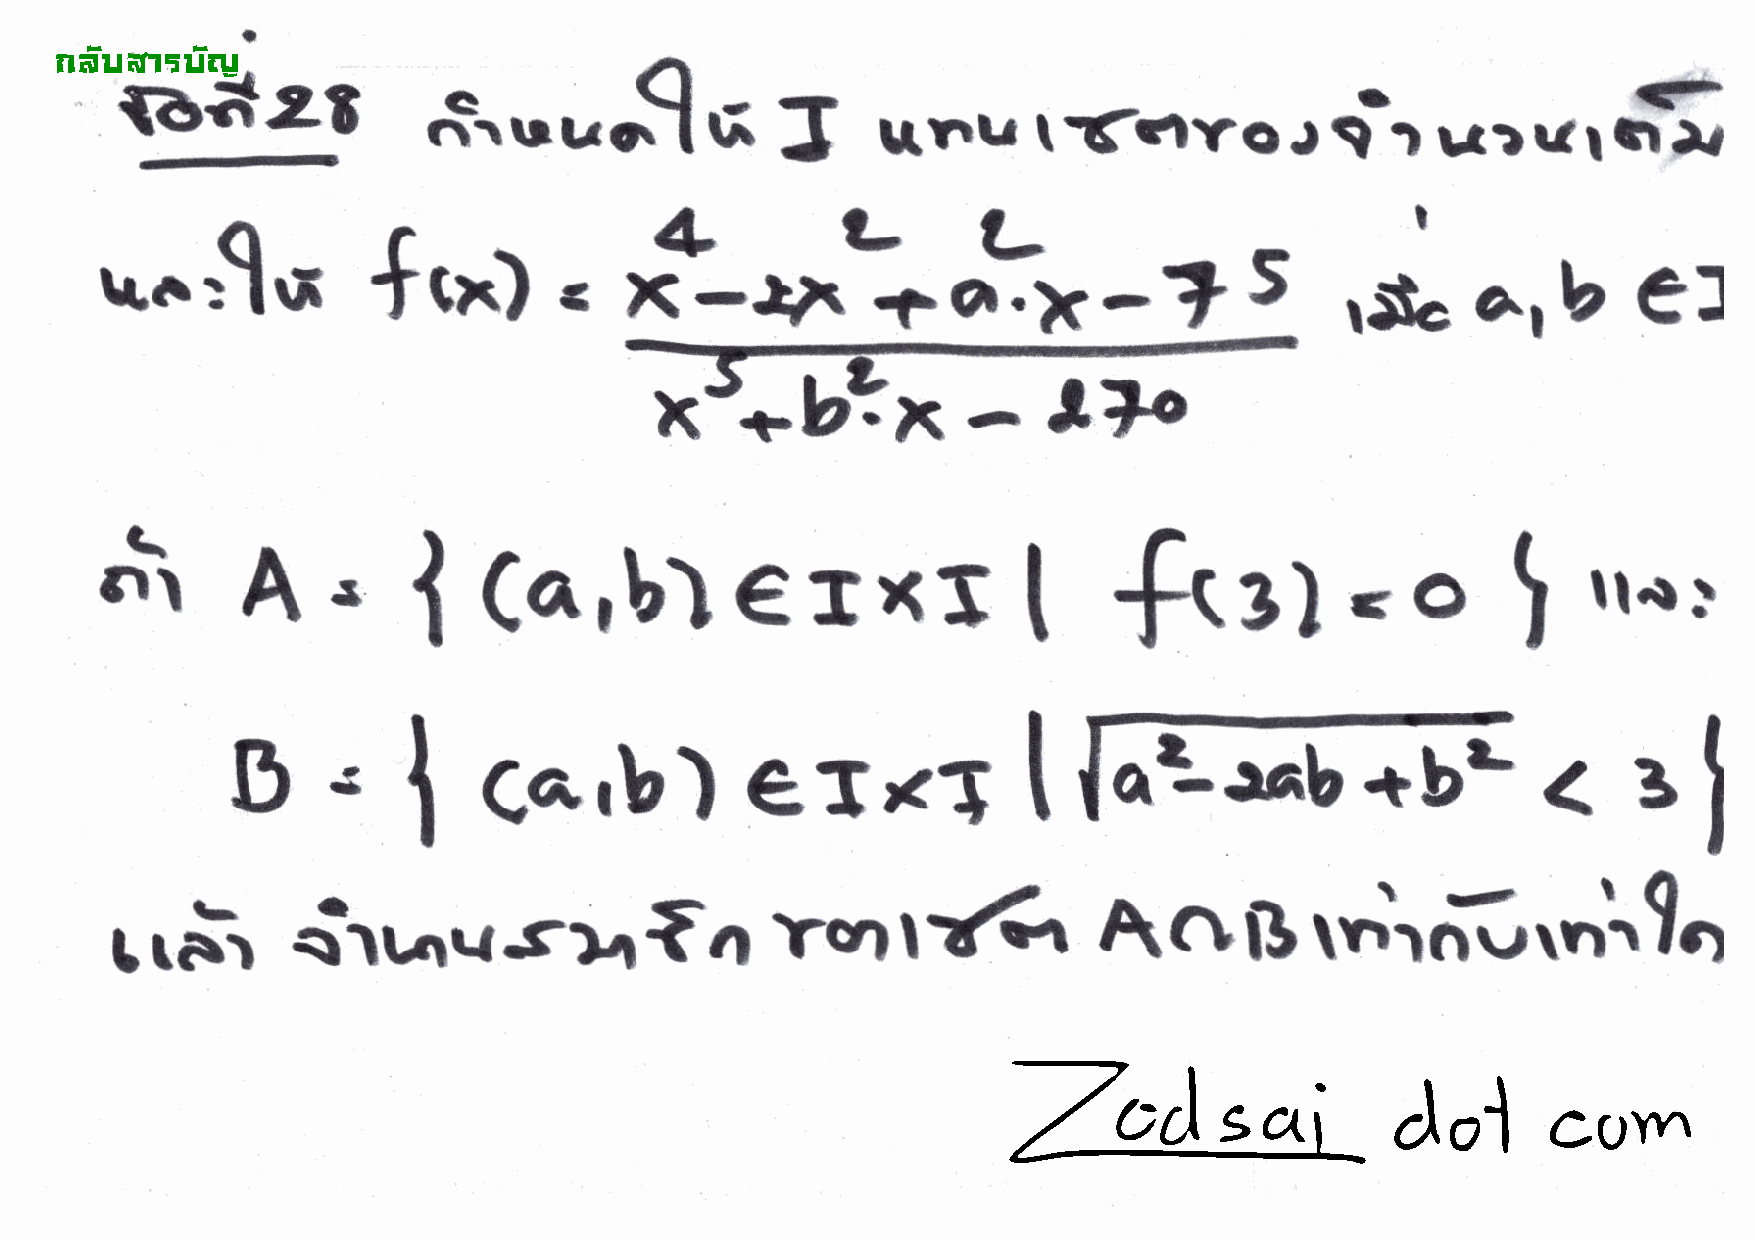
!"#$t%"l&r a'$#(.i2t
 tf.tvole'r.*"u,S
 ..o.uu$G                f
 trnu
 **-?:
 *.$o              f,*).
 ,Ja,b
 ^1*t                                                               eJ
 [.
 q
 t                    -o
 3r\                 I    Ca,bterxr                                 f.3)                      I
 u.n    t
 a
 [M<
 (arb)errT
 a
 D
 I                                                                                3
 I
 s,-                                            rrfi                       tn\;.r..\i
 atrAqs>,fa                                            AoR
 rFr                                      Yvl                                                         a
 !